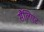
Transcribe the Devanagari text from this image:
सैलिएंट